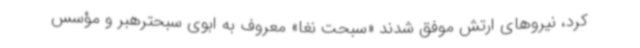
کرد، نیروهای ارتش موفق شدند «سبحت نغا» معروف به ابوی سبحترهبر و مؤسس